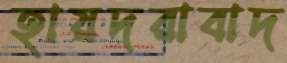
হায়দরাবাদ